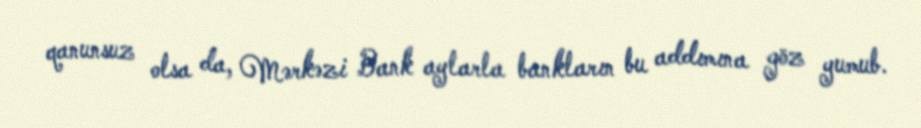
qanunsuz olsa da, Mərkəzi Bank aylarla bankların bu addımına göz yumub.